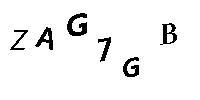
ZAG7GB